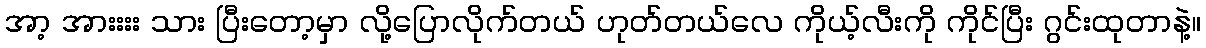
အာ့ အားးးး သား ပြီးတော့မှာ လို့ပြောလိုက်တယ် ဟုတ်တယ်လေ ကိုယ့်လီးကို ကိုင်ပြီး ဂွင်းထုတာနဲ့။